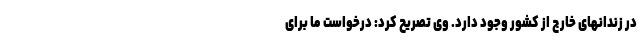
در زندانهای خارج از کشور وجود دارد. وی تصریح کرد: درخواست ما برای